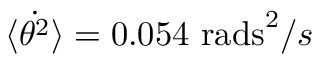
\dot { \langle \theta ^ { 2 } \rangle } = 0 . 0 5 4 ~ \mathrm { r a d s } ^ { 2 } / s